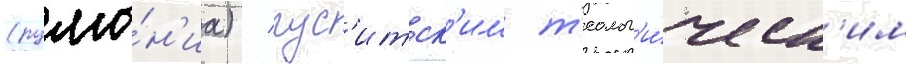
(румы́н'иа) / гус'итск'им т'еолог'и́ческ'им